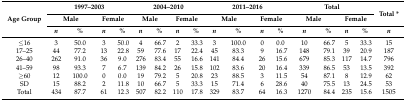
| <ROWSPAN=3> Age Group | <COLSPAN=4> 1997–2003 | <COLSPAN=4> 2004–2010 | <COLSPAN=4> 2011–2016 | <COLSPAN=4> Total | <ROWSPAN=2> Total * |
 | <COLSPAN=2> Male | <COLSPAN=2> Female | <COLSPAN=2> Male | <COLSPAN=2> Female | <COLSPAN=2> Male | <COLSPAN=2> Female | <COLSPAN=2> Male | <COLSPAN=2> Female |
 | n | % | n | % | n | % | n | % | n | % | n | % | n | % | n | % | n |
 | --- | --- | --- | --- | --- | --- | --- | --- | --- | --- | --- | --- | --- | --- | --- | --- | --- | --- |
 | ≤16 | 3 | 50.0 | 3 | 50.0 | 4 | 66.7 | 2 | 33.3 | 3 | 100.0 | 0 | 0.0 | 10 | 66.7 | 5 | 33.3 | 15 |
 | 17–25 | 44 | 77.2 | 13 | 22.8 | 59 | 77.6 | 17 | 22.4 | 45 | 83.3 | 9 | 16.7 | 148 | 79.1 | 39 | 20.9 | 187 |
 | 26–40 | 262 | 91.0 | 36 | 9.0 | 276 | 83.4 | 55 | 16.6 | 141 | 84.4 | 26 | 15.6 | 679 | 85.3 | 117 | 14.7 | 796 |
 | 41–59 | 98 | 93.3 | 7 | 6.7 | 139 | 84.2 | 26 | 15.8 | 102 | 83.6 | 20 | 16.4 | 339 | 86.5 | 53 | 13.5 | 392 |
 | ≥60 | 12 | 100.0 | 0 | 0.0 | 19 | 79.2 | 5 | 20.8 | 23 | 88.5 | 3 | 11.5 | 54 | 87.1 | 8 | 12.9 | 62 |
 | SD | 15 | 88.2 | 2 | 11.8 | 10 | 66.7 | 5 | 33.3 | 15 | 71.4 | 6 | 28.6 | 40 | 75.5 | 13 | 24.5 | 53 |
 | Total | 434 | 87.7 | 61 | 12.3 | 507 | 82.2 | 110 | 17.8 | 329 | 83.7 | 64 | 16.3 | 1270 | 84.4 | 235 | 15.6 | 1505 |